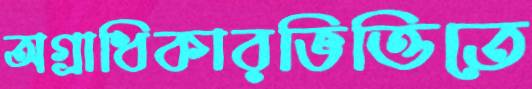
অগ্রাধিকারভিত্তিতে